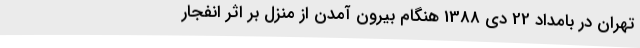
تهران در بامداد 22 دی 1388 هنگام بیرون آمدن از منزل بر اثر انفجار